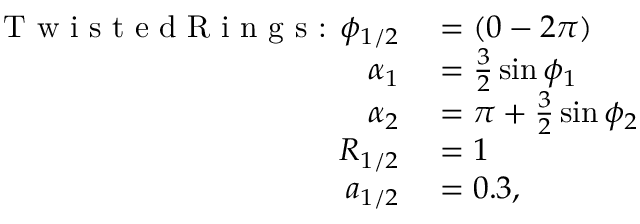
\begin{array} { r l } { \textrm { T w i s t e d R i n g s : } \phi _ { 1 / 2 } } & { { } = ( 0 - 2 \pi ) } \\ { \alpha _ { 1 } } & { { } = \frac { 3 } { 2 } \sin \phi _ { 1 } } \\ { \alpha _ { 2 } } & { { } = \pi + \frac { 3 } { 2 } \sin \phi _ { 2 } } \\ { R _ { 1 / 2 } } & { { } = 1 } \\ { a _ { 1 / 2 } } & { { } = 0 . 3 , } \end{array}